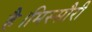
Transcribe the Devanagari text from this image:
है।मिस्सौरी